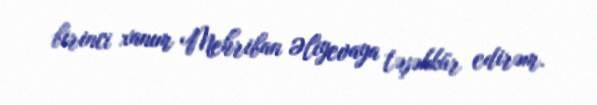
birinci xanım Mehriban Əliyevaya təşəkkür edirəm.